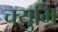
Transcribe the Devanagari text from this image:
चयुमि